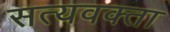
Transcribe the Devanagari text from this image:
सत्यवक्ता